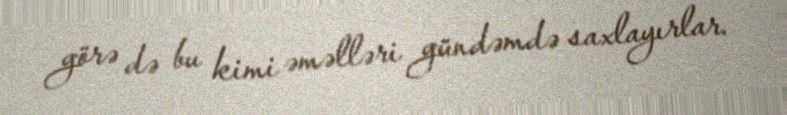
görə də bu kimi əməlləri gündəmdə saxlayırlar.